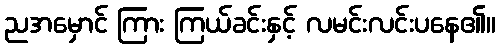
ညအမှောင် ကြား ကြယ်ခင်းနှင့် လမင်းလင်းပနေ၏။